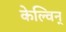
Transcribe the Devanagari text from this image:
केल्विन्